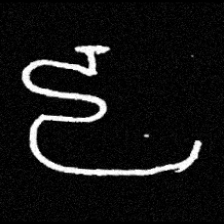
Pyu character \u2014 Myanmar letter: ဠ (romanized: lla)